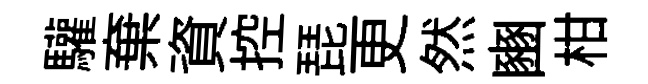
驩棄資控琵更然豳柑